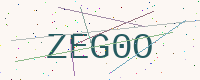
Text: ZEG0O